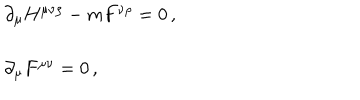
LaTeX: \begin{array} { r c l } { { } } & { { } } & { { \partial _ { \mu } H ^ { \mu \nu \rho } - m F ^ { \nu \rho } = 0 \, , } } \\ { { } } & { { } } & { { } } \\ { { } } & { { } } & { { \partial _ { \mu } F ^ { \mu \nu } = 0 \, , } } \\ \end{array}